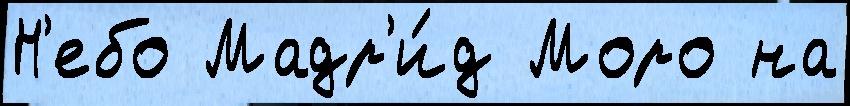
Н'ебо Мадр'и́д Моро на